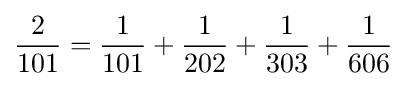
{\frac {2}{101}}={\frac {1}{101}}+{\frac {1}{202}}+{\frac {1}{303}}+{\frac {1}{606}}